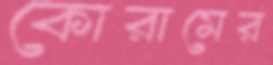
কোরামের